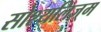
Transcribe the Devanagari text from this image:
सोश्यलिज़्म